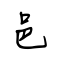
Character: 邑